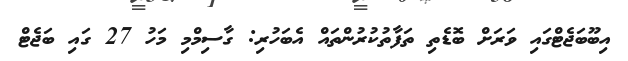
އިބޫބަޖެޓްގައި ވަރަށް ބޮޑެތި ތަފާތުކުރުންތައް އެބަހުރި: ގާސިމްމި މަހު 27 ގައި ބަޖެޓް